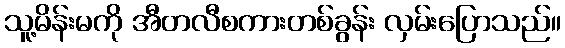
သူ့မိန်းမကို အီတလီစကားတစ်ခွန်း လှမ်းပြောသည်။